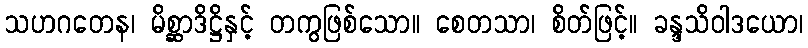
သဟဂတေန၊ မိစ္ဆာဒိဋ္ဌိနှင့် တကွဖြစ်သော။ စေတသာ၊ စိတ်ဖြင့်။ ခန္ဒသိဝါဒယော၊